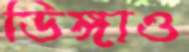
ডিঙ্গাও